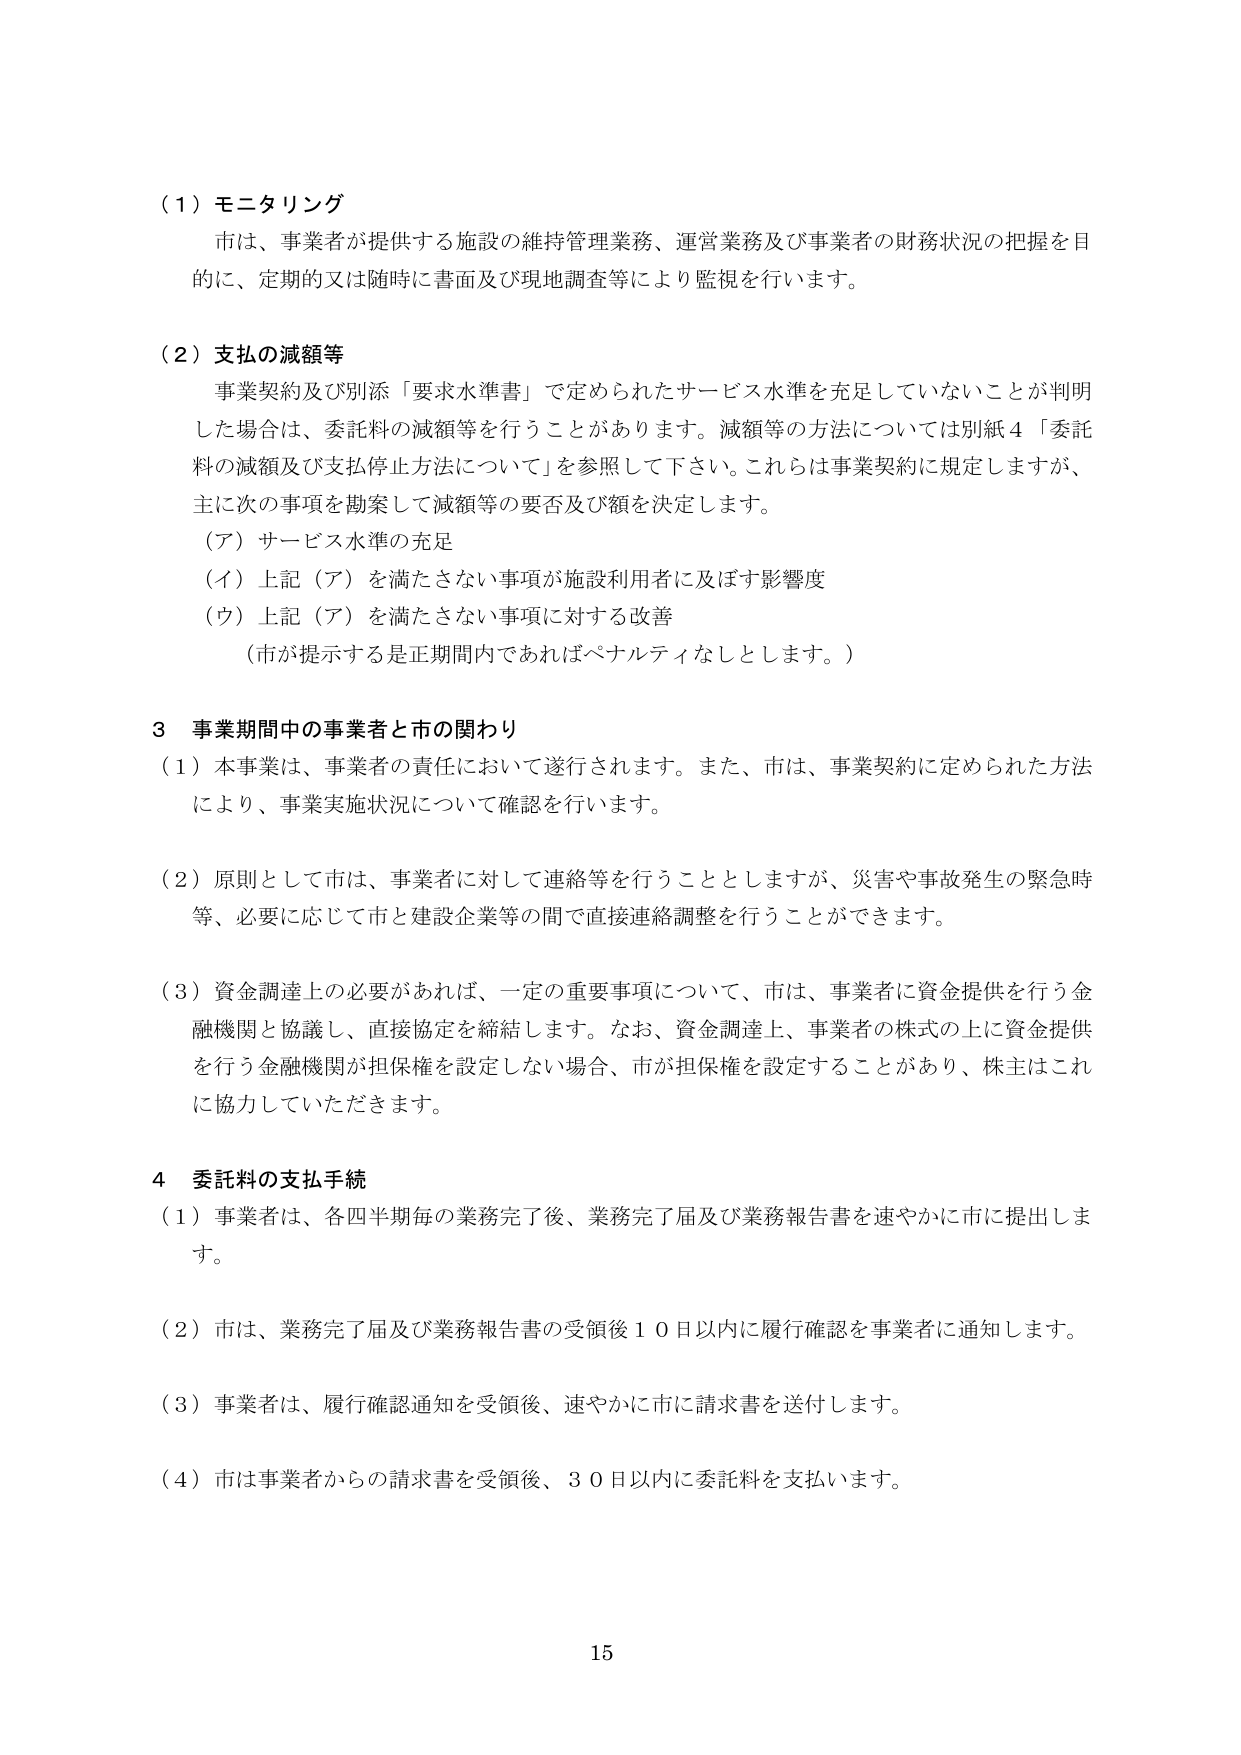
（１）モニタリング
市は、事業者が提供する施設の維持管理業務、運営業務及び事業者の財務状況の把握を目的に、定期的又は随時に書面及び現地調査等により監視を行います。

（２）支払の減額等
事業契約及び別添「要求水準書」で定められたサービス水準を充足していないことが判明した場合は、委託料の減額等を行うことがあります。減額等の方法については別紙４「委託料の減額及び支払停止方法について」を参照して下さい。これらは事業契約に規定しますが、主に次の事項を勘案して減額等の要否及び額を決定します。
（ア）サービス水準の充足
（イ）上記（ア）を満たさない事項が施設利用者に及ぼす影響度
（ウ）上記（ア）を満たさない事項に対する改善
（市が提示する是正期間内であればペナルティなしとします。）

３ 事業期間中の事業者と市の関わり
（１）本事業は、事業者の責任において遂行されます。また、市は、事業契約に定められた方法により、事業実施状況について確認を行います。

（２）原則として市は、事業者に対して連絡等を行うこととしますが、災害や事故発生の緊急時等、必要に応じて市と建設企業等の間で直接連絡調整を行うことができます。

（３）資金調達上の必要があれば、一定の重要事項について、市は、事業者に資金提供を行う金融機関と協議し、直接協定を締結します。なお、資金調達上、事業者の株式の上に資金提供を行う金融機関が担保権を設定しない場合、市が担保権を設定することがあり、株主はこれに協力していただきます。

４ 委託料の支払手続
（１）事業者は、各四半期毎の業務完了後、業務完了届及び業務報告書を速やかに市に提出します。

（２）市は、業務完了届及び業務報告書の受領後１０日以内に履行確認を事業者に通知します。

（３）事業者は、履行確認通知を受領後、速やかに市に請求書を送付します。

（４）市は事業者からの請求書を受領後、３０日以内に委託料を支払います。

15